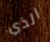
الذي